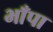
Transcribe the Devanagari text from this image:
भाँपा